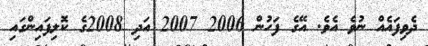
ދެވިފައެއް ނުވެ އެވެ. އޭގެ ފަހުން 2006 2007 އަދި 2008ގެ ކޮލިފައިންގައި